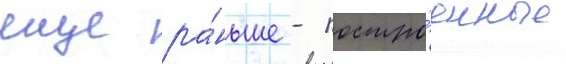
еще ра́ньше - постро́енные